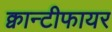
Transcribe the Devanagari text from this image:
क्वान्टीफायर